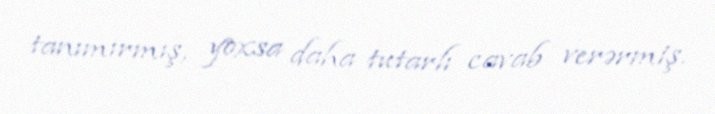
tanımırmış, yoxsa daha tutarlı cavab verərmiş.